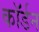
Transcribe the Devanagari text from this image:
कॉर्डन